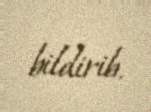
bildirib.